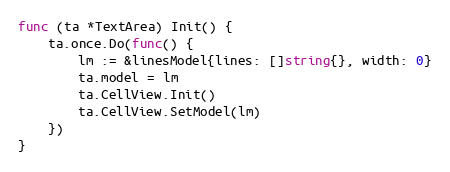
Language: Go
func (ta *TextArea) Init() {
	ta.once.Do(func() {
		lm := &linesModel{lines: []string{}, width: 0}
		ta.model = lm
		ta.CellView.Init()
		ta.CellView.SetModel(lm)
	})
}